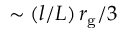
\sim ( l / L ) \, r _ { \mathrm { g } } / 3